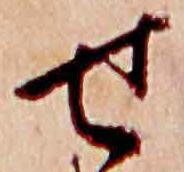
せ